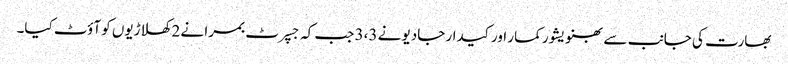
بھارت کی جانب سے بھنویشور کمار اور کیدار جادیو نے 3،3 جب کہ جسپرٹ بمرا نے 2 کھلاڑیوں کو آؤٹ کیا۔